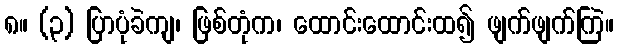
၈။ (၃) ပြာပုံခဲကျ၊ ဖြစ်တုံက၊ ထောင်းထောင်းထ၍ ဖျက်ဖျက်ကြဲ။